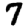
Digit: 7